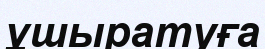
ұшыратуға